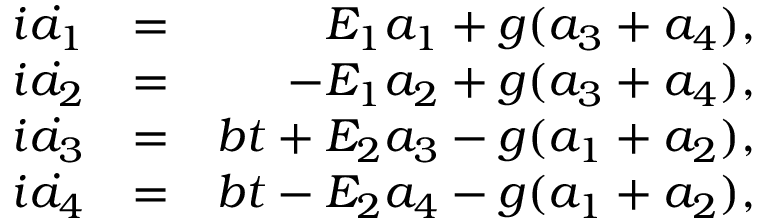
\begin{array} { r l r } { i \dot { a _ { 1 } } } & { = } & { E _ { 1 } a _ { 1 } + g ( a _ { 3 } + a _ { 4 } ) , } \\ { i \dot { a _ { 2 } } } & { = } & { - E _ { 1 } a _ { 2 } + g ( a _ { 3 } + a _ { 4 } ) , } \\ { i \dot { a _ { 3 } } } & { = } & { b t + E _ { 2 } a _ { 3 } - g ( a _ { 1 } + a _ { 2 } ) , } \\ { i \dot { a _ { 4 } } } & { = } & { b t - E _ { 2 } a _ { 4 } - g ( a _ { 1 } + a _ { 2 } ) , } \end{array}